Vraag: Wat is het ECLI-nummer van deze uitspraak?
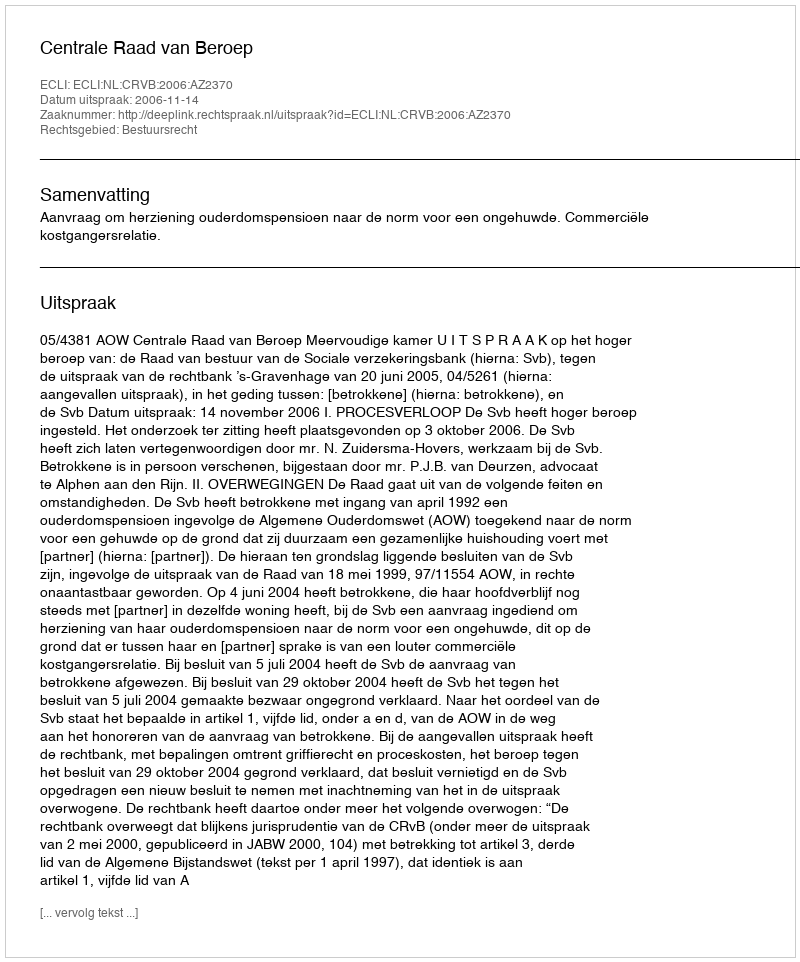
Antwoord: ECLI:NL:CRVB:2006:AZ2370